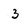
Character: 3